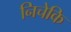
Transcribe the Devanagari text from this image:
निचेकि